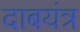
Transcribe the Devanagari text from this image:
दाबयंत्र